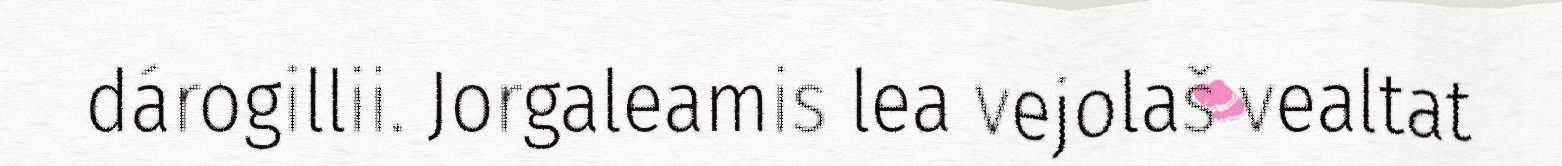
dárogillii. Jorgaleamis lea vejolaš vealtat